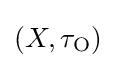
\left(X,\tau _{\operatorname {O} }\right)